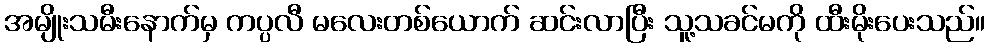
အမျိုးသမီးနောက်မှ ကပ္ပလီ မလေးတစ်ယောက် ဆင်းလာပြီး သူ့သခင်မကို ထီးမိုးပေးသည်။